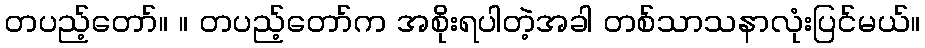
တပည့်တော်။ ။ တပည့်တော်က အစိုးရပါတဲ့အခါ တစ်သာသနာလုံးပြင်မယ်။